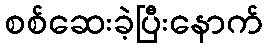
စစ်ဆေးခဲ့ပြီးနောက်